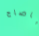
ياصاح